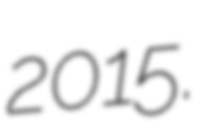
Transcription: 2015.